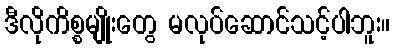
ဒီလိုကိစ္စမျိုးတွေ မလုပ်ဆောင်သင့်ပါဘူး။